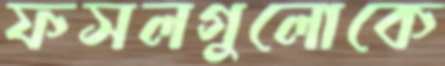
ফসলগুলোকে